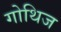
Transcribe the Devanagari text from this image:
गोथिज